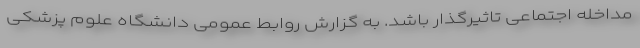
مداخله اجتماعی تاثیرگذار باشد. به گزارش روابط عمومی دانشگاه علوم پزشکی